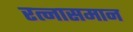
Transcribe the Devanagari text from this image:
रत्नासमान